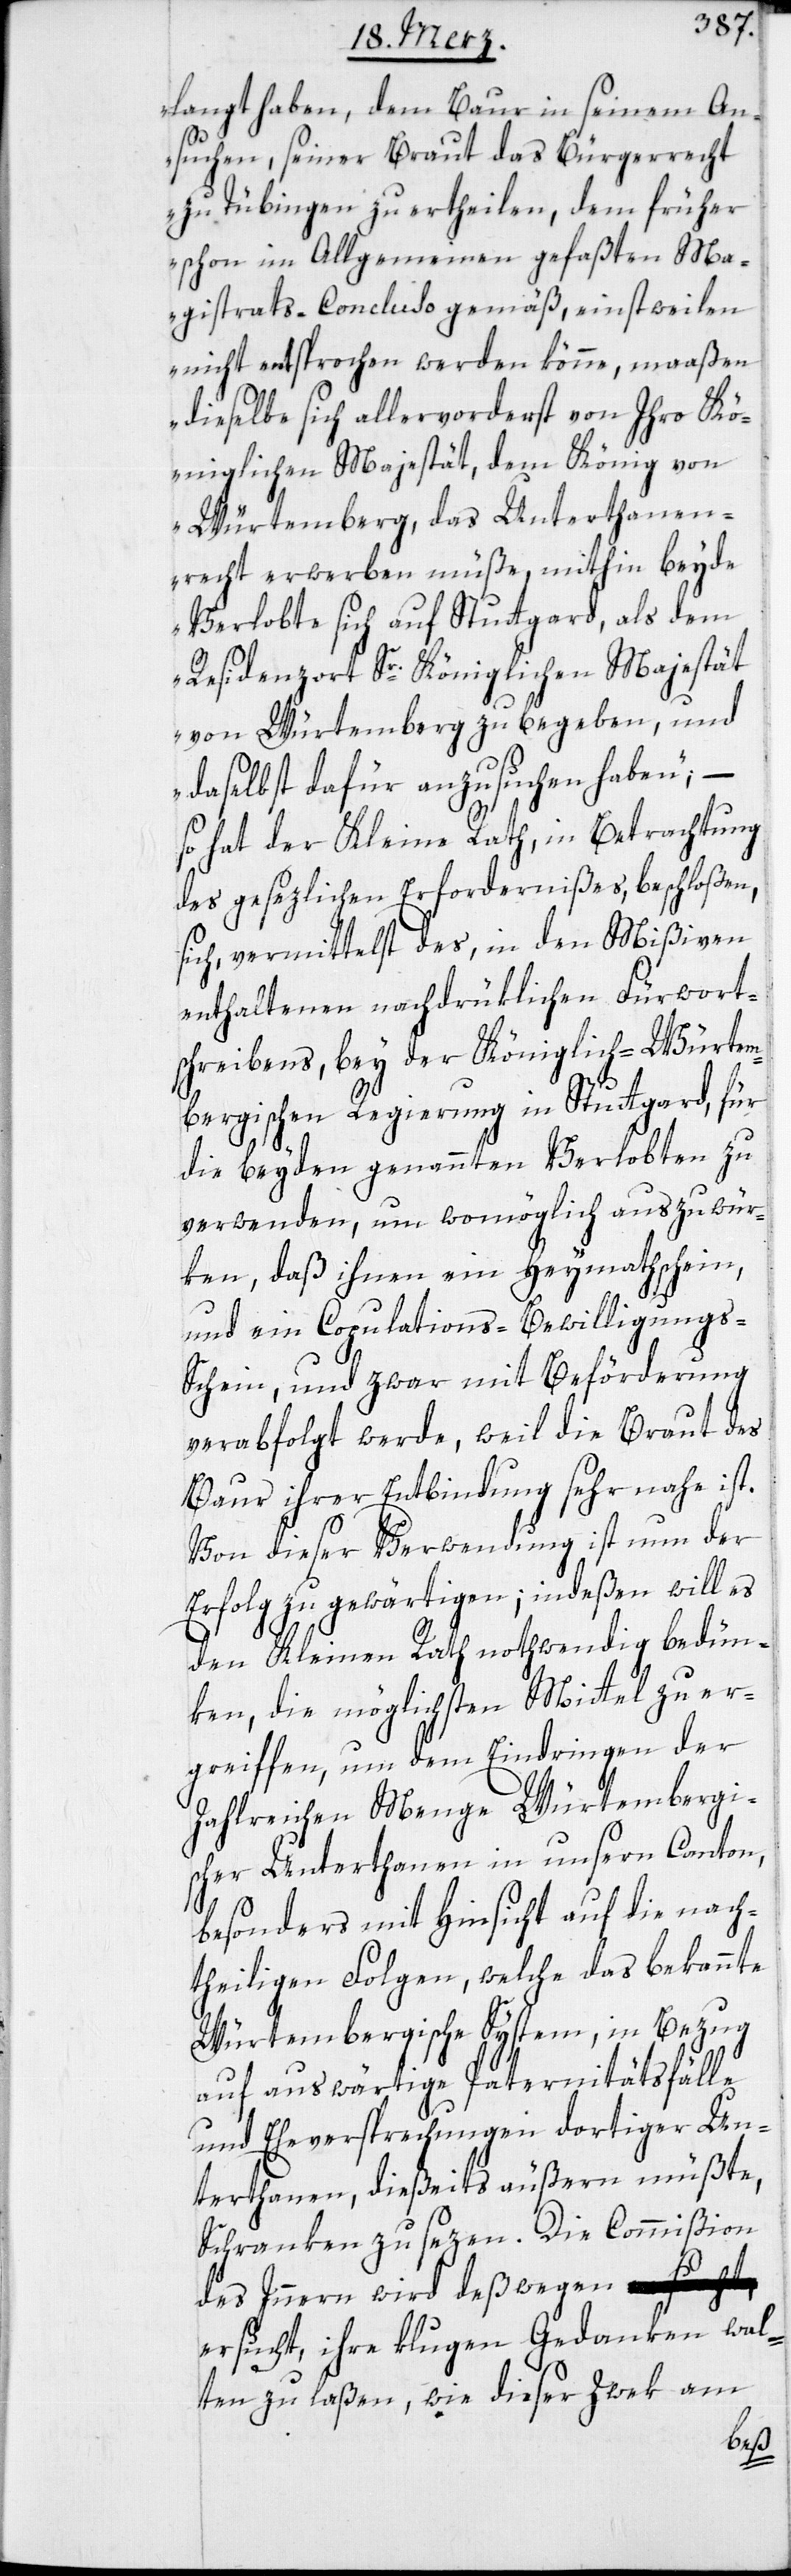
langt haben, dem Baur in seinem An¬
suchen, seiner Braut das Bürgerrecht
zu Tübingen zu ertheilen, dem früher
schon im Allgemeinen gefaßten Ma¬
gistrats-Concluso gemäß, einstweilen
nicht entsprochen werden könne, maaßen
dieselbe sich allervorderst von Ihro Kö¬
niglichen Majestät, dem König von
Würtemberg, das Unterthanen¬
recht erwerben müße, mithin beyde
Verlobte sich auf Stuttgard, als dem
Residenzort Sr. Königlichen Majestät
von Würtemberg zu begeben, und
daselbst dafür anzusuchen haben,“ –
so hat der Kleine Rath, in Betrachtung
des gesezlichen Erfordernißes, beschloßen,
sich vermittelst des, in den Mißiven
enthaltenen nachdrüklichen Fürwort¬
schreibens, bey der Königlich-Würtem¬
bergischen Regierung in Stuttgard, für
die beyden genanten Verlobten zu
verwenden, um womöglich auszuwür¬
ken, daß ihnen ein Heymathschein,
und ein Copulations-Bewilligungs-S¬
chein, und zwar mit Beförderung
verabfolgt werde, weil die Braut des
Baur ihrer Entbindung sehr nahe ist.
Von dieser Verwendung ist nun der
Erfolg zu gewärtigen; indeßen will es
den Kleinen Rath nothwendig bedün¬
ken, die möglichsten Mittel zu er¬
greiffen, um dem Eindringen der
Zahlreichen Menge Würtembergi¬
scher Unterthanen in unsern Canton,
besonders mit Hinsicht auf die nach¬
theiligen Folgen, welche das bekannte
Würtembergische System, in Bezug
auf auswärtige Paternitätsfälle
und Eheversprechungen dortiger Un¬
terthanen, dießeits äußern müßte,
Schranken zu sezen. Die Commißion
des Inneren wird deßwegen e¬
rsucht, ihre klugen Gedanken wal¬
ten zu laßen, wie dieser Zwek am